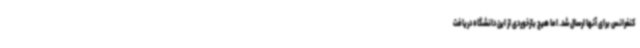
کنفرانس برای آنها ارسال شد. اما هیچ بازخوردی از این دانشگاه دریافت